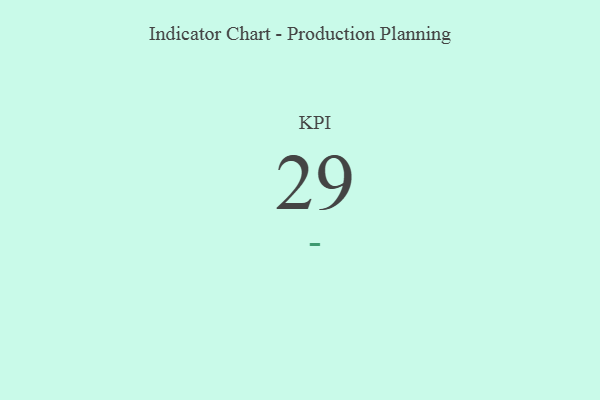
{"axis": {"x": "KPI", "y": "Value"}, "legend": [""], "data": [{"x": "KPI", "y": 29, "type": ""}]}